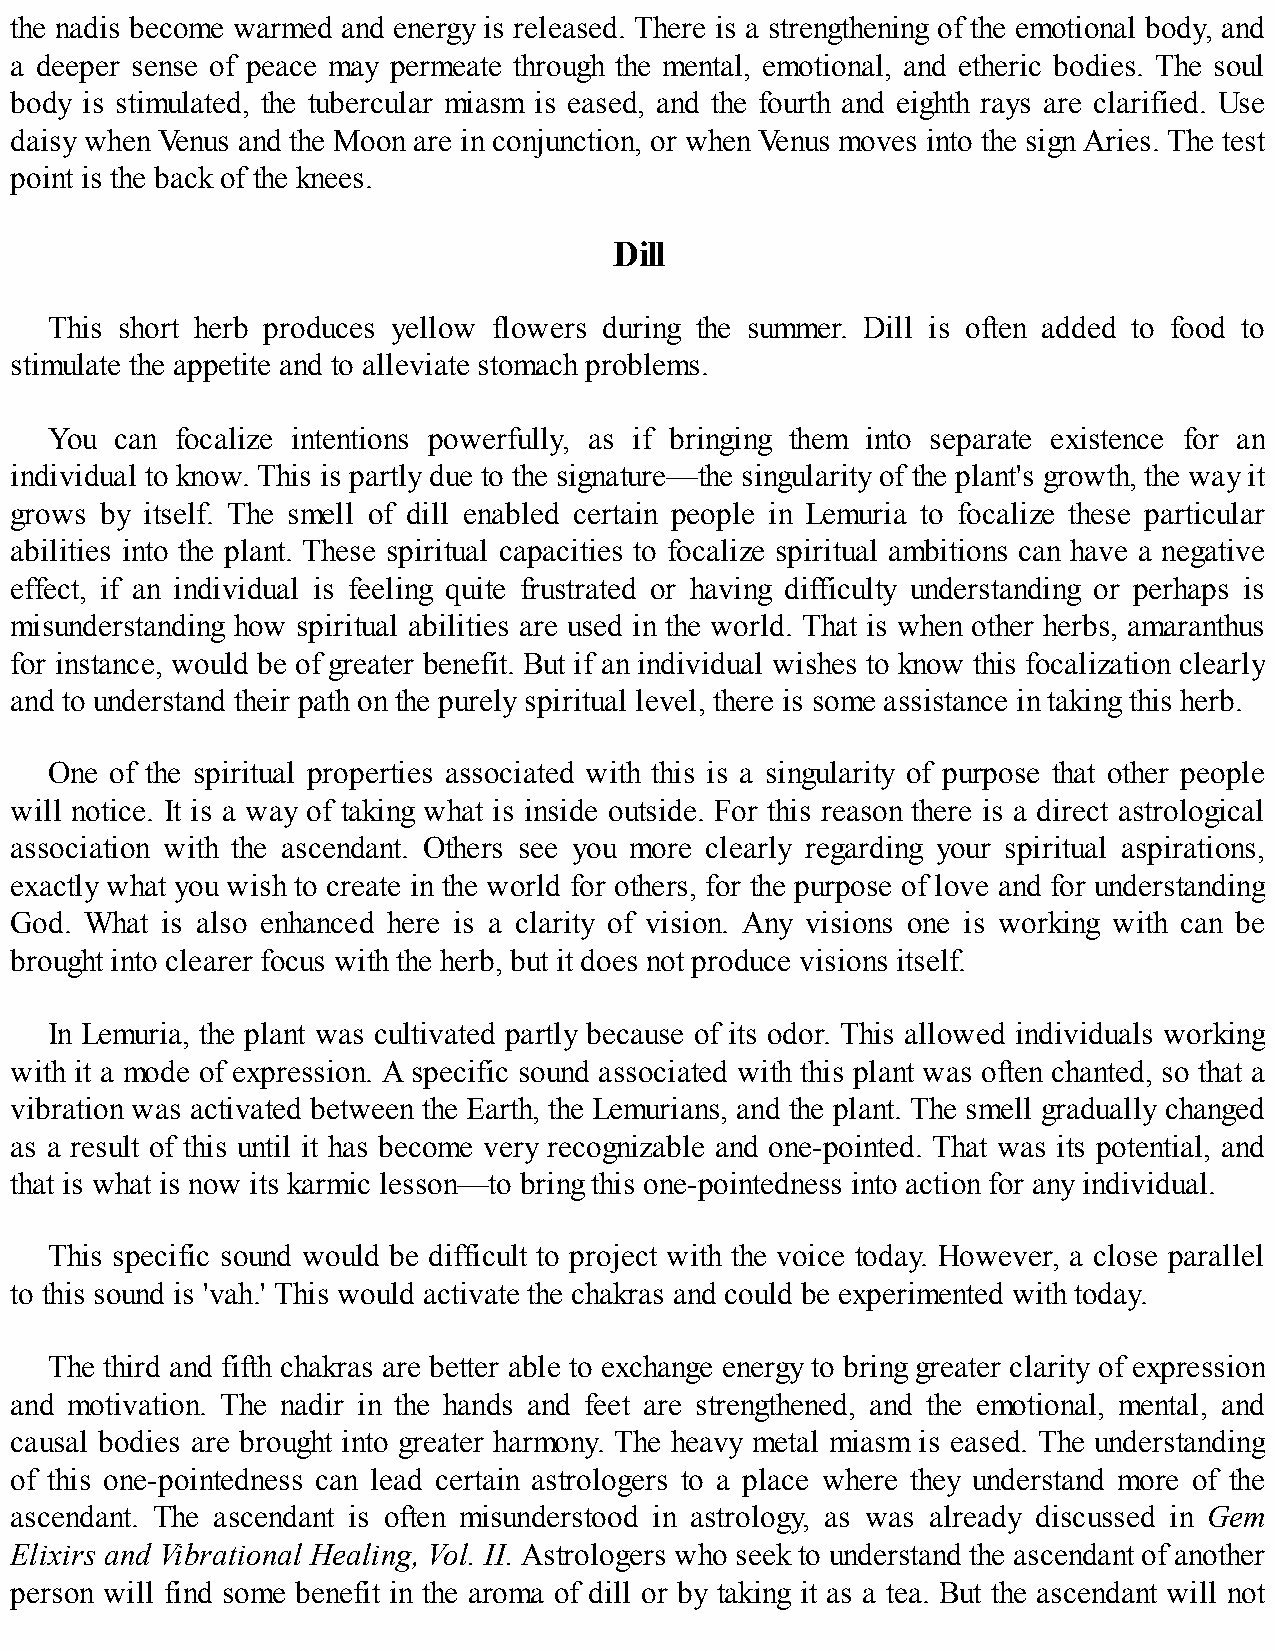
the nadis become warmed and energy is released. There is a strengthening of the emotional body, and
 a deeper sense of peace may permeate through the mental, emotional, and etheric bodies. The soul
 body is stimulated, the tubercular miasm is eased, and the fourth and eighth rays are clarified. Use
 daisy when Venus and the Moon are in conjunction, or when Venus moves into the sign Aries. The test
 point is the back of the knees.
 Dill
 This short herb produces yellow flowers during the summer. Dill is often added to food to
 stimulate the appetite and to alleviate stomach problems.
 You  can focalize intentions powerfully, as if bringing them into separate existence for an
 individual to know. This is partly due to the signature—the singularity of the plant's growth, the way it
 grows by itself. The smell of dill enabled certain people in Lemuria to focalize these particular
 abilities into the plant. These spiritual capacities to focalize spiritual ambitions can have a negative
 effect, if an individual is feeling quite frustrated or having difficulty understanding or perhaps is
 misunderstanding how spiritual abilities are used in the world. That is when other herbs, amaranthus
 for instance, would be of greater benefit. But if an individual wishes to know this focalization clearly
 and to understand their path on the purely spiritual level, there is some assistance in taking this herb.
 One of the spiritual properties associated with this is a singularity of purpose that other people
 will notice. It is a way of taking what is inside outside. For this reason there is a direct astrological
 association with the ascendant. Others see you more clearly regarding your spiritual aspirations,
 exactly what you wish to create in the world for others, for the purpose of love and for understanding
 God. What is also enhanced here is a clarity of vision. Any visions one is working with can be
 brought into clearer focus with the herb, but it does not produce visions itself.
 In Lemuria, the plant was cultivated partly because of its odor. This allowed individuals working
 with it a mode of expression. A specific sound associated with this plant was often chanted, so that a
 vibration was activated between the Earth, the Lemurians, and the plant. The smell gradually changed
 as a result of this until it has become very recognizable and one-pointed. That was its potential, and
 that is what is now its karmic lesson—to bring this one-pointedness into action for any individual.
 This specific sound would be difficult to project with the voice today. However, a close parallel
 to this sound is 'vah.' This would activate the chakras and could be experimented with today.
 The third and fifth chakras are better able to exchange energy to bring greater clarity of expression
 and motivation. The nadir in the hands and feet are strengthened, and the emotional, mental, and
 causal bodies are brought into greater harmony. The heavy metal miasm is eased. The understanding
 of this one-pointedness can lead certain astrologers to a place where they understand more of the
 ascendant. The ascendant is often misunderstood in astrology, as was already discussed in Gem
 Elixirs and Vibrational Healing, Vol. II. Astrologers who seek to understand the ascendant of another
 person will find some benefit in the aroma of dill or by taking it as a tea. But the ascendant will not